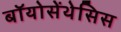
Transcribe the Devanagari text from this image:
बॉयोसेंथेसिस